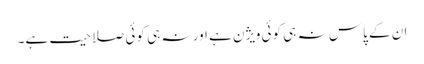
ان کے پاس نہ ہی کوئی ویژن ہے اور نہ ہی کوئی صلاحیت ہے۔